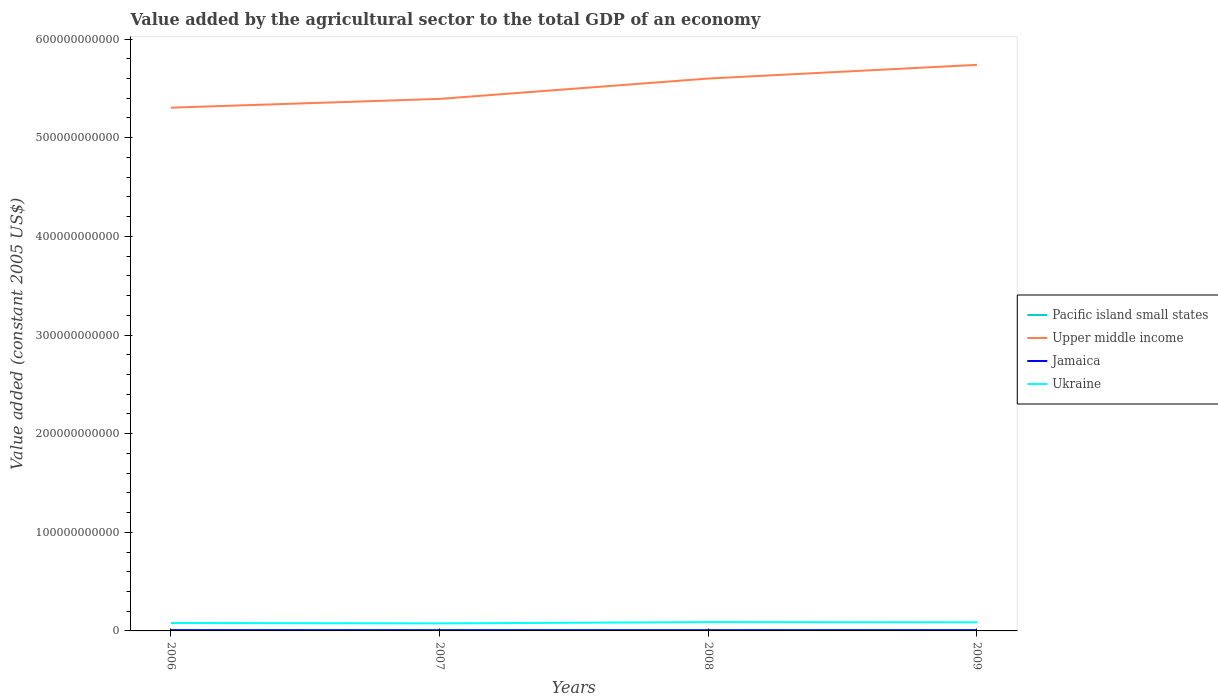
| Years | Pacific island small states | Upper middle income | Jamaica | Ukraine |
 | --- | --- | --- | --- | --- |
 | 2006 | 8.21e+08 | 5.3e+11 | 6.97e+08 | 8.05e+09 |
 | 2007 | 8.13e+08 | 5.39e+11 | 6.41e+08 | 7.65e+09 |
 | 2008 | 8.07e+08 | 5.6e+11 | 6.01e+08 | 8.91e+09 |
 | 2009 | 7.62e+08 | 5.74e+11 | 6.85e+08 | 8.74e+09 |